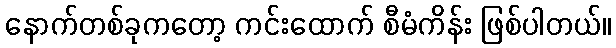
နောက်တစ်ခုကတော့ ကင်းထောက် စီမံကိန်း ဖြစ်ပါတယ်။